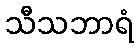
သီသဘာရံ